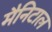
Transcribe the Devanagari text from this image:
मैनिटाल